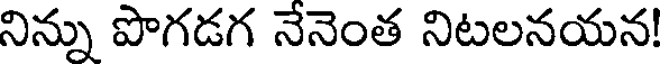
నిన్ను పొగడగ నేనెంత నిటలనయన!